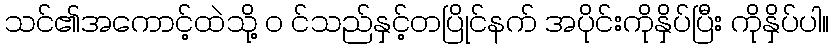
သင်၏အကောင့်ထဲသို့ ၀ င်သည်နှင့်တပြိုင်နက် အပိုင်းကိုနှိပ်ပြီး ကိုနှိပ်ပါ။